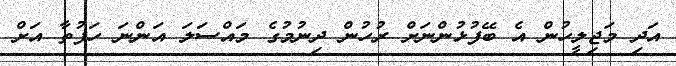
އަދި މަޖިލީހުން އެ ބޭފުޅުންނަށް ރުހުން ދިނުމުގެ މައްސަލަ އަންނަ ހަފުތާ އަށް